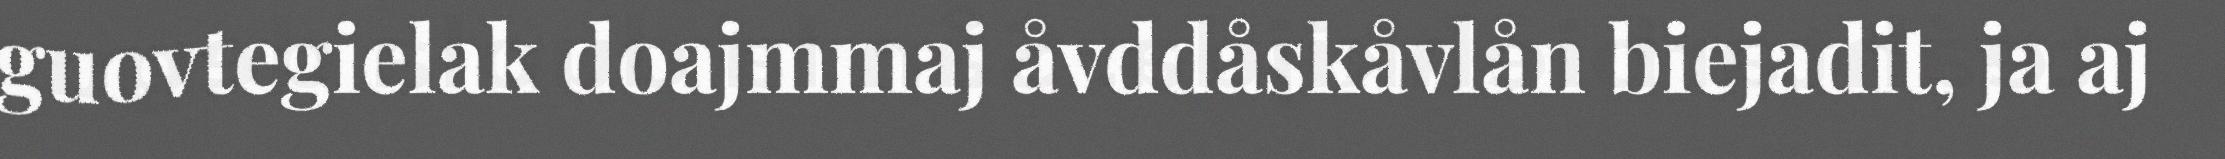
guovtegielak doajmmaj åvddåskåvlån biejadit, ja aj